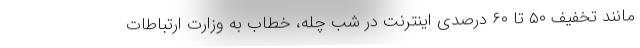
مانند تخفیف ۵۰ تا ۶۰ درصدی اینترنت در شب چله، خطاب به وزارت ارتباطات